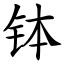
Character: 钵